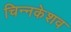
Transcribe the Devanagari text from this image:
चिन्नकेशव